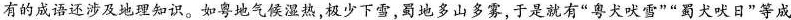
有的成语还涉及地理知识。如粤地气候湿热，极少下雪，蜀地多山多雾，于是就有”粤犬吠雪””蜀犬吠日”等成